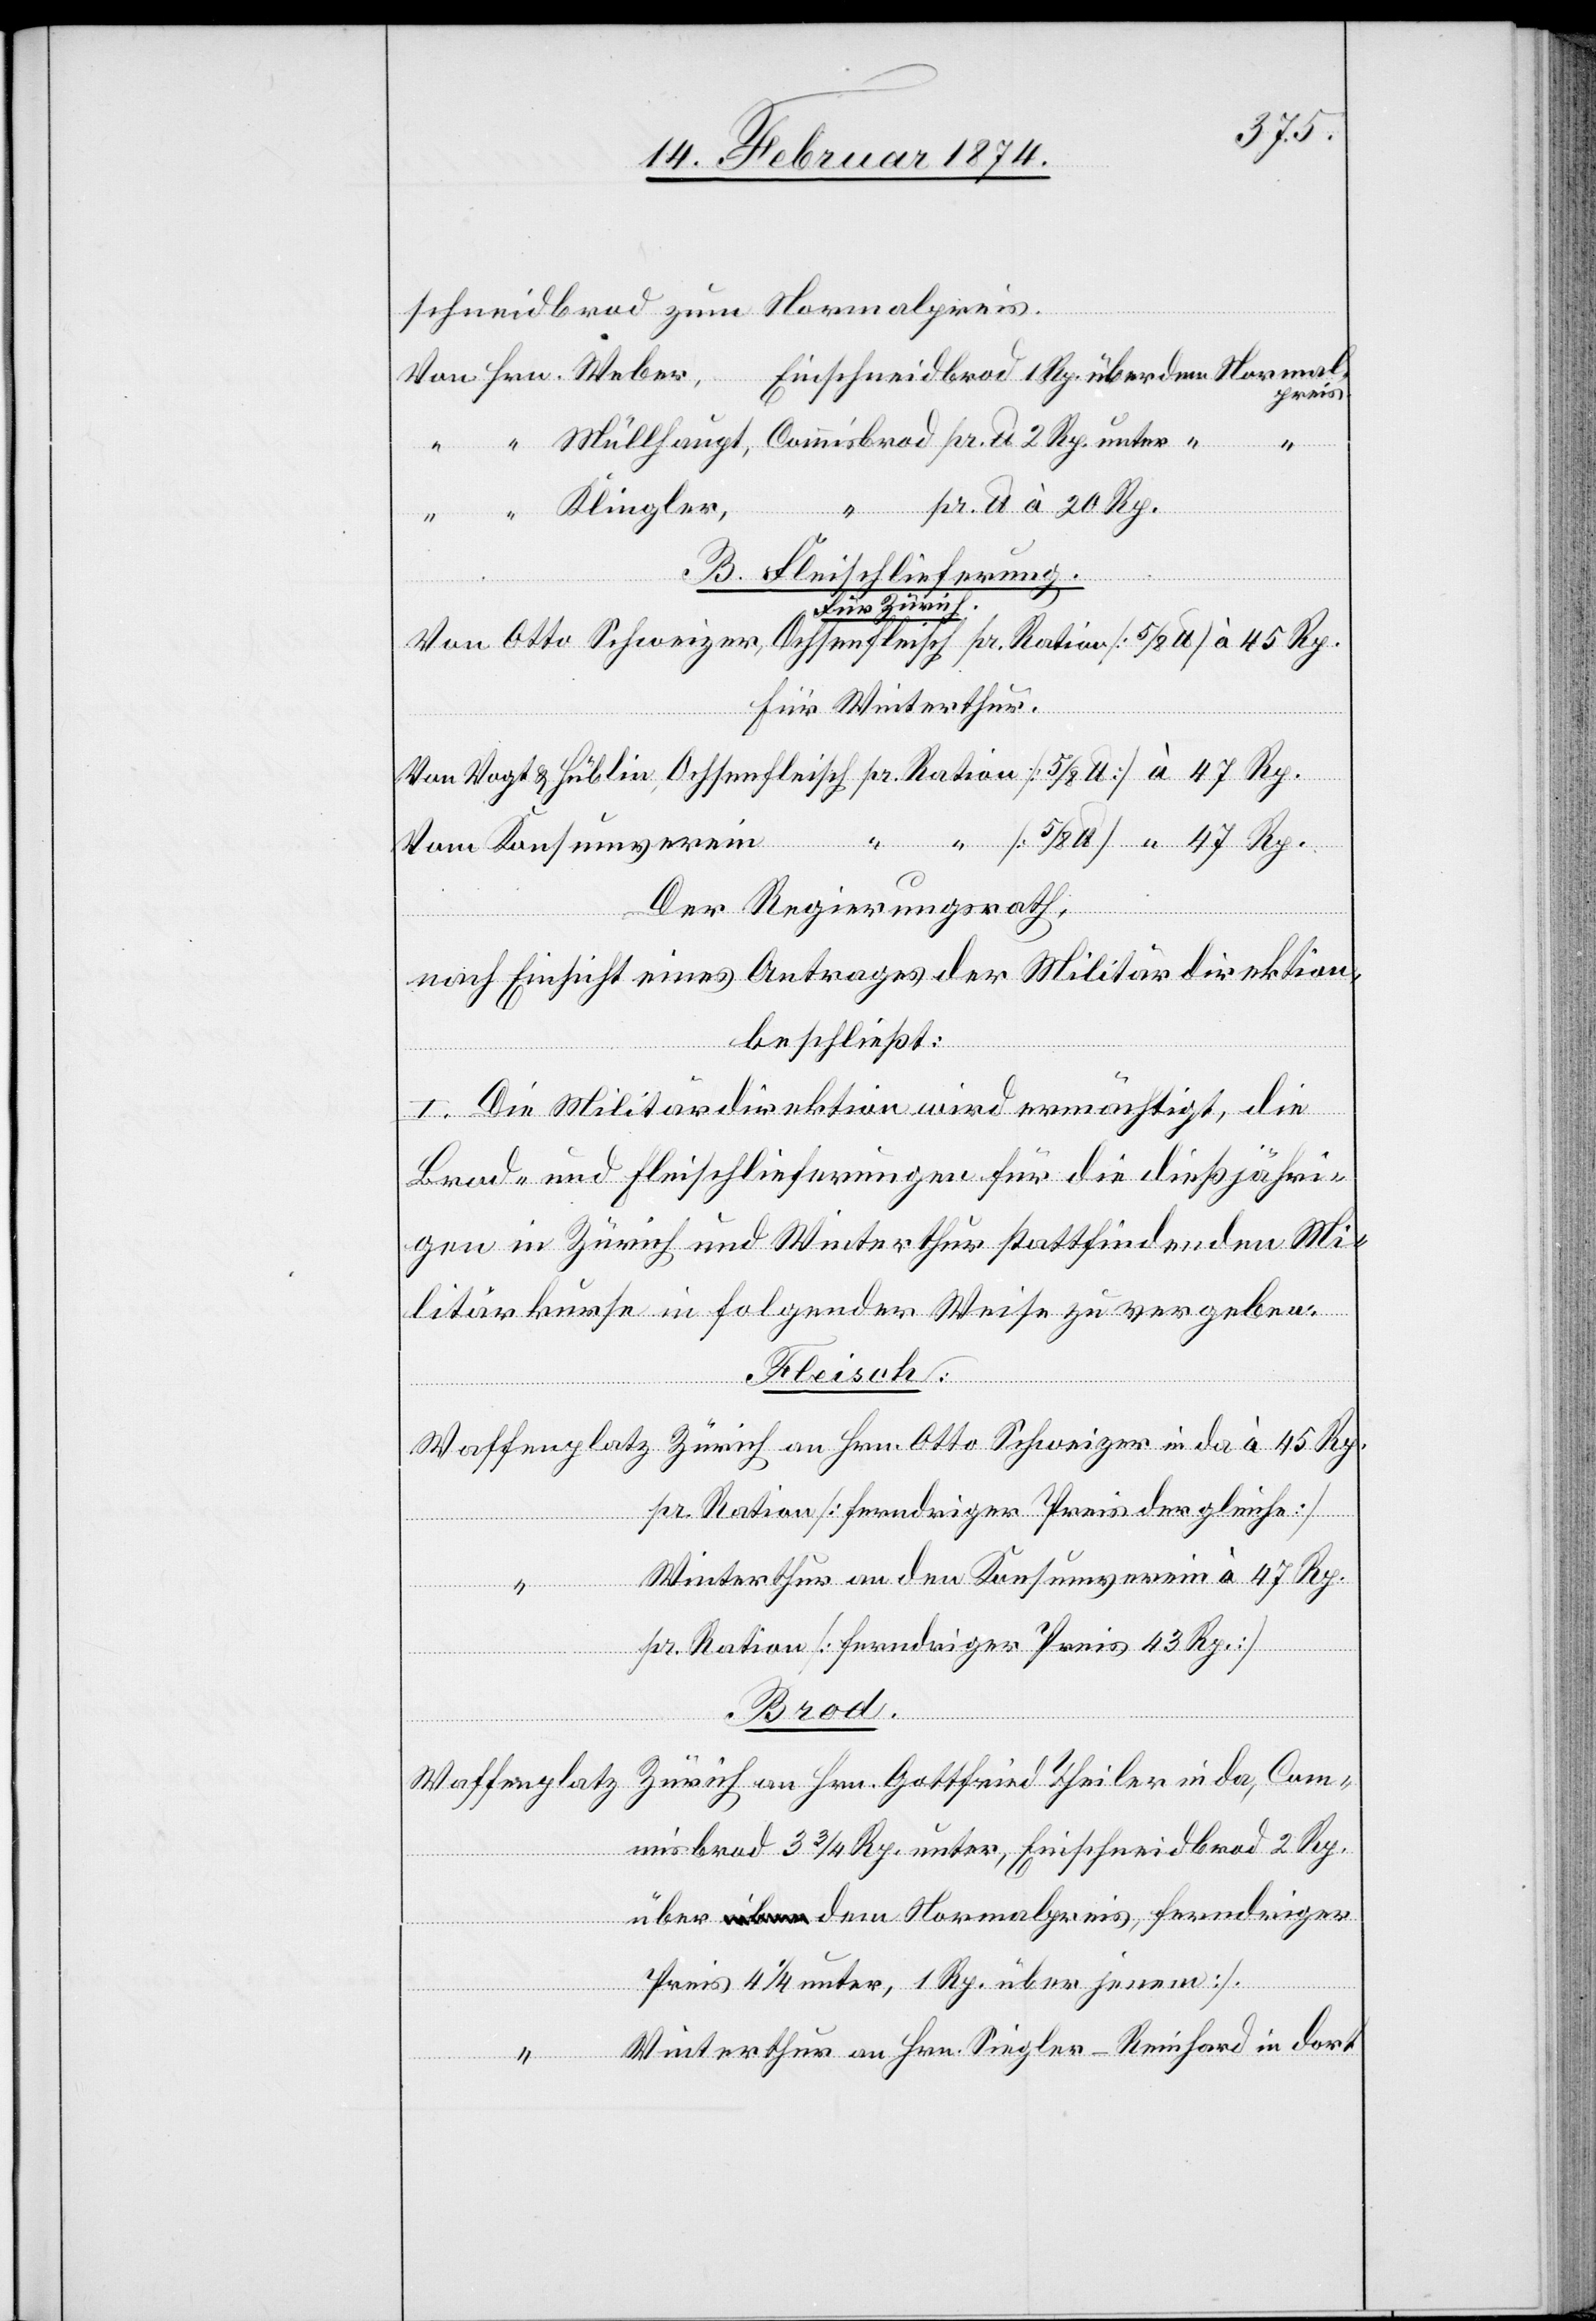
schneidbrod zum Normalpreis.
Von Hrn. Weber, Einschneidbrod 1 Rp. über dem Normal¬
preis.
“ “ Müllhaupt, Commisbrod pr. lb. 2 Rp. unter “ “
sbrod
“ “ Klingler,
B. Fleischlieferung.
a-Für Zürich.-a
Von Otto Schweizer, Ochsenfleisch pr. Ration [5/8 lb] à 45 Rp.
für Winterthur.
Von Vogt & Hüblin, Ochsenfleisch pr. Ration [5/8 lb] [à] 47 Rp.
“ “ [5/8 lb] “ 47 Rp.
Vom Konsumverein
Der Regierungsrath,
nach Einsicht eines Antrages der Militärdirektion,
jenem]
beschließt:
I. Die Militärdirektion wird ermächtigt, die
Brod- und Fleischlieferungen für die dießjähri¬
gen in Zürich und Winterthur stattfindenden Mi¬
litärkurse in folgender Weise zu vergeben:
Fleisch:
Waffenplatz Zürich an Hrn. Otto Schweizer in da à 45 Rp.
pr. Ration [ferndriger Preis der gleiche]
Winterthur an den Konsumverein à 47 Rp.
Preis
4
pr. Ration [ferndriger Preis 43 Rp.]
Rp.
Brod.
Waffenplatz Zürich an Hrn. Gottfried Theiler in da, Commi¬
über dem Normalpreis, [ferndriger
Winterthur an Hrn. Siegler-Reinford in dort